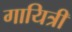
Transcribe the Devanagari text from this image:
गायित्री